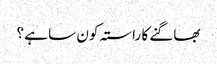
بھاگنے کا راستہ کون سا ہے ؟